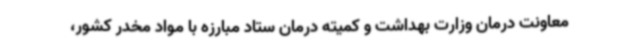
معاونت درمان وزارت بهداشت و کمیته درمان ستاد مبارزه با مواد مخدر کشور،